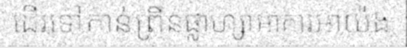
ដើរទៅកាន់ព្រីនផ្លាហ្សាអាគារអាយ៉ង